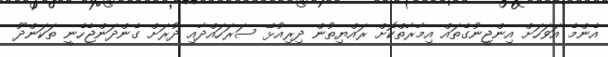
އެންމެ އަވަހަށް އިންޖީނުގެތައް އިމާރާތްކޮށް ރައްޔިތުން ދިރިއުޅޭ ސަރަހައްދާއި ދުރަށް ގެންދަންޖެހެނީ ތަކަންދޫ